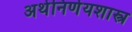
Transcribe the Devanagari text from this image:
अर्थनिर्णयशास्त्र